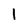
Character: 1